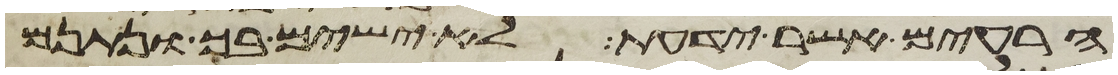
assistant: הרעים אשר ידעת לא ישימם בך ונתנם